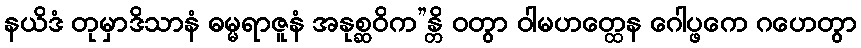
နယိဒံ တုမှာဒိသာနံ ဓမ္မရာဇူနံ အနုစ္ဆဝိက”န္တိ ဝတွာ ဝါမဟတ္ထေန ဂေါပ္ဖကေ ဂဟေတွာ